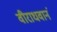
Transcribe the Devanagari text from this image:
वीराधवानं